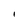
Character: l